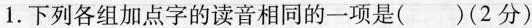
1.下列各组加点字的读音相同的一项是()(2分)